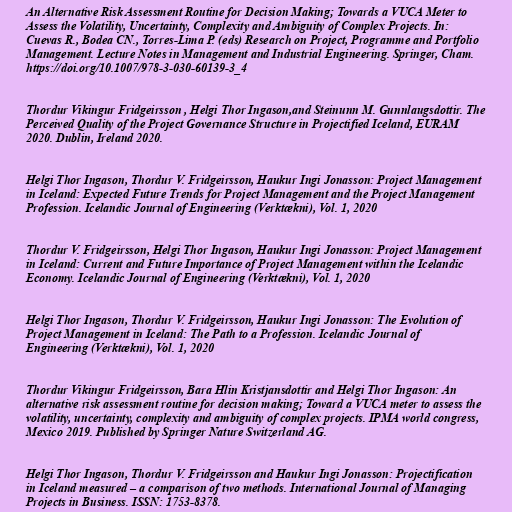
An Alternative Risk Assessment Routine for Decision Making; Towards a VUCA Meter to
Assess the Volatility, Uncertainty, Complexity and Ambiguity of Complex Projects. In:
Cuevas R., Bodea CN., Torres-Lima P. (eds) Research on Project, Programme and Portfolio
Management. Lecture Notes in Management and Industrial Engineering. Springer, Cham.
https://doi.org/10.1007/978-3-030-60139-3_4

Thordur Vikingur Fridgeirsson , Helgi Thor Ingason,and Steinunn M. Gunnlaugsdottir. The
Perceived Quality of the Project Governance Structure in Projectified Iceland, EURAM
2020. Dublin, Ireland 2020.

Helgi Thor Ingason, Thordur V. Fridgeirsson, Haukur Ingi Jonasson: Project Management
in Iceland: Expected Future Trends for Project Management and the Project Management
Profession. Icelandic Journal of Engineering (Verktækni), Vol. 1, 2020

Thordur V. Fridgeirsson, Helgi Thor Ingason, Haukur Ingi Jonasson: Project Management
in Iceland: Current and Future Importance of Project Management within the Icelandic
Economy. Icelandic Journal of Engineering (Verktækni), Vol. 1, 2020

Helgi Thor Ingason, Thordur V. Fridgeirsson, Haukur Ingi Jonasson: The Evolution of
Project Management in Iceland: The Path to a Profession. Icelandic Journal of
Engineering (Verktækni), Vol. 1, 2020

Thordur Vikingur Fridgeirsson, Bara Hlin Kristjansdottir and Helgi Thor Ingason: An
alternative risk assessment routine for decision making; Toward a VUCA meter to assess the
volatility, uncertainty, complexity and ambiguity of complex projects. IPMA world congress,
Mexico 2019. Published by Springer Nature Switzerland AG.

Helgi Thor Ingason, Thordur V. Fridgeirsson and Haukur Ingi Jonasson: Projectification
in Iceland measured – a comparison of two methods. International Journal of Managing
Projects in Business. ISSN: 1753-8378.